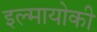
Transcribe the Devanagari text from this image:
इल्मायोकी